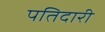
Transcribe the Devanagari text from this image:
पतिदारी